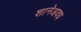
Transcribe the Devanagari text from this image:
शानेअवध